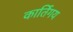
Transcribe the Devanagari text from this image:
कार्तिगय